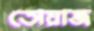
তোয়াজ